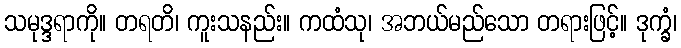
သမုဒ္ဒရာကို။ တရတိ၊ ကူးသနည်း။ ကထံသု၊ အဘယ်မည်သော တရားဖြင့်။ ဒုက္ခံ၊